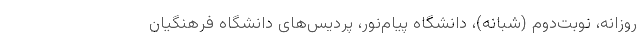
روزانه، نوبت‌دوم (شبانه)، دانشگاه پیام‌نور، پردیس‌های دانشگاه فرهنگیان